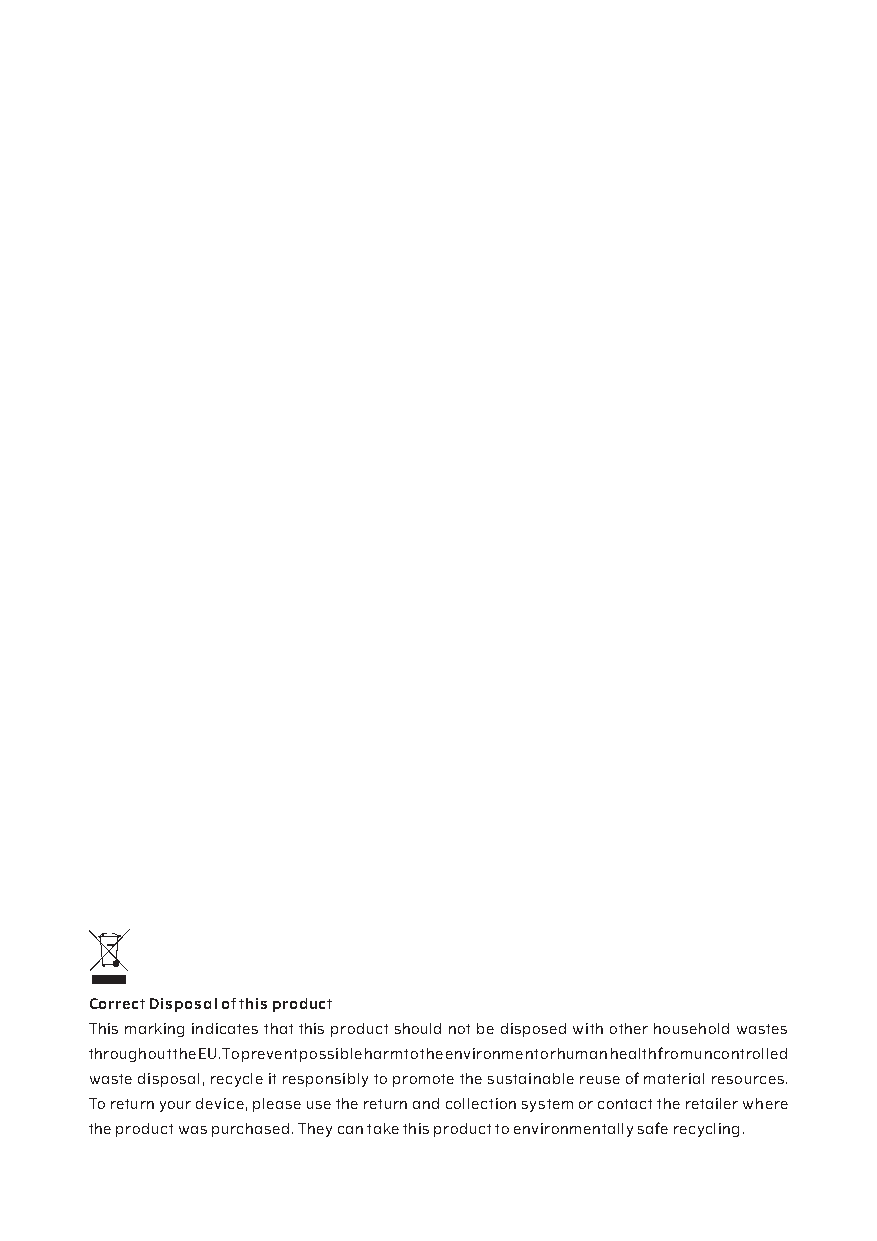
Correct Disposal of this product
 This marking indicates that this product should not be disposed with other household wastes
 throughout the EU. To prevent possible harm to the environment or human health from uncontrolled
 waste disposal, recycle it responsibly to promote the sustainable reuse of material resources.
 To return your device, please use the return and collection system or contact the retailer where
 the product was purchased. They can take this product to environmentally safe recycling.